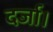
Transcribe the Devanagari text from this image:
दर्जा।